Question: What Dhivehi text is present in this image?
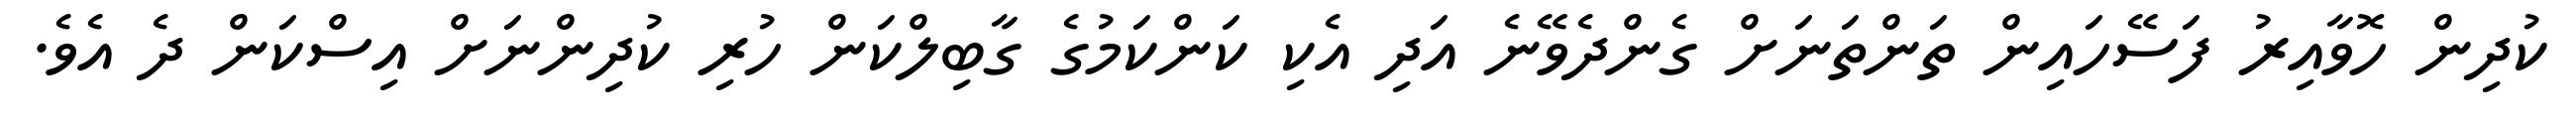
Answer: ކުދިން ހޮވާއިރު ފަސޭހައިން ތަންތަނަށް ގެންދެވޭނެ އަދި އެކި ކަންކަމުގެ ގާބިލްކަން ހުރި ކުދިންނަށް އިސްކަން ދެ އެވެ.